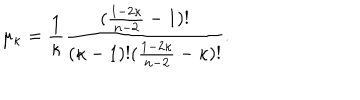
\mu _ { \kappa } = \frac { 1 } { \kappa } \frac { ( \frac { 1 - 2 \kappa } { n - 2 } - 1 ) ! } { ( \kappa - 1 ) ! ( \frac { 1 - 2 \kappa } { n - 2 } - \kappa ) ! } .